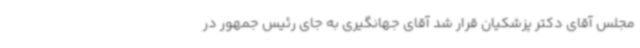
مجلس آقای دکتر پزشکیان قرار شد آقای جهانگیری به جای رئیس جمهور در